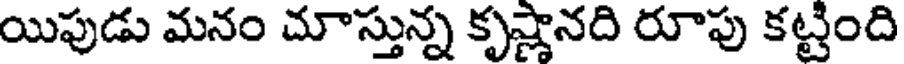
యిపుడు మనం చూస్తున్న కృష్ణానది రూపు కట్టింది